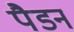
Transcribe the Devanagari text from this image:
पैडन